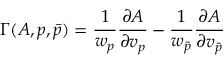
\Gamma ( A , p , \bar { p } ) = \frac { 1 } { w _ { p } } \frac { \partial A } { \partial v _ { p } } - \frac { 1 } { w _ { \bar { p } } } \frac { \partial A } { \partial v _ { \bar { p } } }